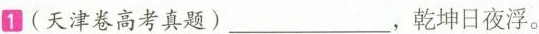
1 (天津卷高考真题)___，乾坤日夜浮。